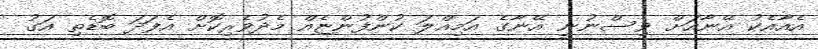
އެއާއެކު އޭނާއަށް ވިސްނުނީ އޭނާގެ އަމިއްލަ ކުންފުންޏެއް މެދުވެރިކޮށް އެފަދަ ބޮޑެތި އަގު